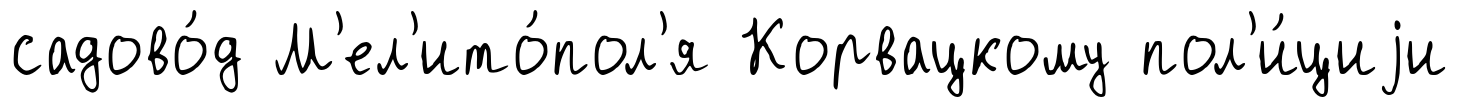
садово́д М'ел'ито́пол'я Корвацкому пол'и́циjи